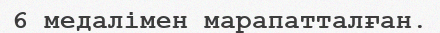
6 медалімен марапатталған.